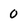
Character: 0